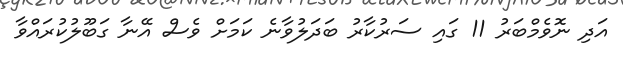
އަދި ނޮވެމްބަރު 11 ގައި ސަރުކާރު ބަދަލުވާނެ ކަމަށް ވެސް އޭނާ ގަބޫލުކުރައްވާ